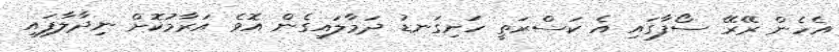
އެހެން ރޭރޭ ސޯފާގައި އެ ކަސްރަތީ ހަށިގަނޑު ދަމާލައިގެން އޮވެ އަރާމުކޮށް ނިދާލާފައި